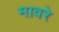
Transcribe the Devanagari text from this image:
मावरे